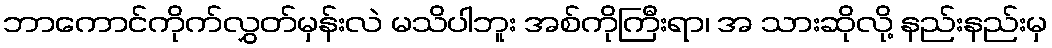
ဘာကောင်ကိုက်လွှတ်မှန်းလဲ မသိပါဘူး အစ်ကိုကြီးရာ၊ အ သားဆိုလို့ နည်းနည်းမှ